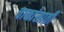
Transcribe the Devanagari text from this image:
चाकांसाठी